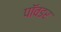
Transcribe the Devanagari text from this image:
पॉवडर